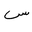
Letter: _sin